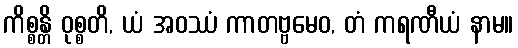
ကိစ္စန္တိ ဝုစ္စတိ, ယံ အဝဿံ ကာတဗ္ဗမေဝ, တံ ကရဏီယံ နာမ။